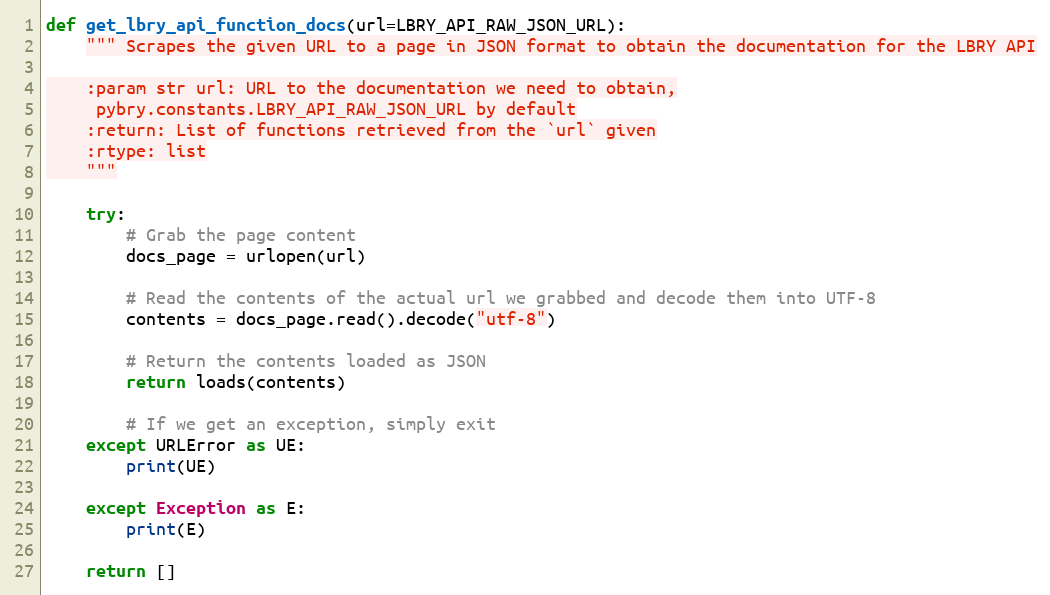
Language: Python
def get_lbry_api_function_docs(url=LBRY_API_RAW_JSON_URL):
    """ Scrapes the given URL to a page in JSON format to obtain the documentation for the LBRY API

    :param str url: URL to the documentation we need to obtain,
     pybry.constants.LBRY_API_RAW_JSON_URL by default
    :return: List of functions retrieved from the `url` given
    :rtype: list
    """

    try:
        # Grab the page content
        docs_page = urlopen(url)

        # Read the contents of the actual url we grabbed and decode them into UTF-8
        contents = docs_page.read().decode("utf-8")

        # Return the contents loaded as JSON
        return loads(contents)

        # If we get an exception, simply exit
    except URLError as UE:
        print(UE)

    except Exception as E:
        print(E)

    return []